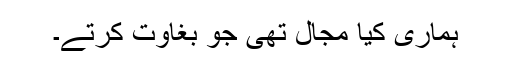
ہماری کیا مجال تھی جو بغاوت کرتے۔